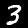
Label: 3